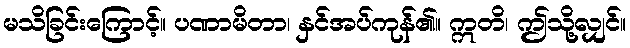
မသိခြင်းကြောင့်။ ပဏာမိတာ၊ နှင်အပ်ကုန်၏။ ဣတိ၊ ဤသို့လျှင်။